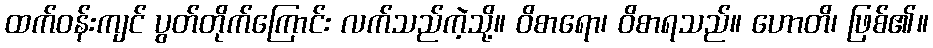
ထက်ဝန်းကျင် ပွတ်တိုက်ကြောင်း လက်သည်ကဲ့သို့။ ဝိစာရော၊ ဝိစာရသည်။ ဟောတိ၊ ဖြစ်၏။